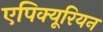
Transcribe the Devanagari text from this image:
एपिक्यूरियन